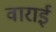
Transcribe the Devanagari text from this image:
वाराई